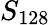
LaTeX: S_{128}